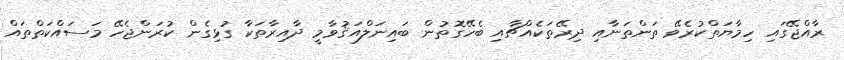
ރާއްޖޭގައި ހިމާޔަތްކުރެވޭ ތަންތަނާއި ދިރޭތަކެއްޗާއި ބެހޭގޮތުން ބައިނަލްއަޤުވާމީ ދާއިރާތަކާ ގުޅިގެން ކުރަންޖެހޭ މަސައްކަތްތައް